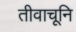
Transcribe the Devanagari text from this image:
तीवाचूनि